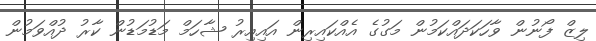
ލިޒް ފޯނުން ވާހަކަދައްކަމުން މަގުގެ އެއްކައިރިން އައިއިރު ޝާހަމް މަޑުމަޑުން ކާރު ދުއްވަމުން